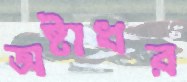
অষ্টাধর